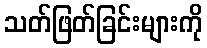
သတ်ဖြတ်ခြင်းများကို